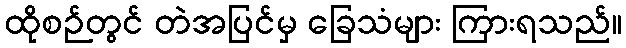
ထိုစဉ်တွင် တဲအပြင်မှ ခြေသံများ ကြားရသည်။